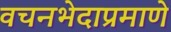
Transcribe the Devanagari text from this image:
वचनभेदाप्रमाणे